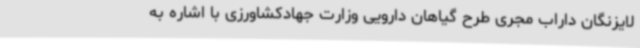
لایزنگان داراب مجری طرح گیاهان دارویی وزارت جهادکشاورزی با اشاره به